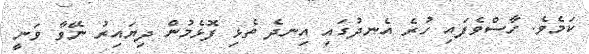
ކަމެވެ. ހާސްވެފައި ހުރެ އެނދުގައި އިނދެ ތެޅި ފޮޅެމުން ދިޔައިރު ނޭވާ ވަނީ